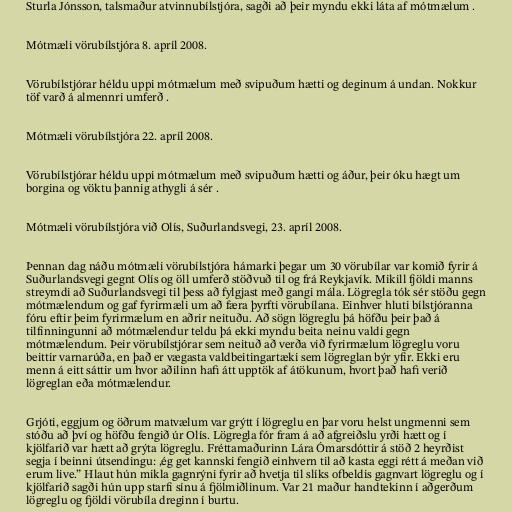
Sturla Jónsson, talsmaður atvinnubílstjóra, sagði að þeir myndu ekki láta af mótmælum .

Mótmæli vörubílstjóra 8. apríl 2008.

Vörubílstjórar héldu uppi mótmælum með svipuðum hætti og deginum á undan. Nokkur
töf varð á almennri umferð .

Mótmæli vörubílstjóra 22. apríl 2008.

Vörubílstjórar héldu uppi mótmælum með svipuðum hætti og áður, þeir óku hægt um
borgina og vöktu þannig athygli á sér .

Mótmæli vörubílstjóra við Olís, Suðurlandsvegi, 23. apríl 2008.

Þennan dag náðu mótmæli vörubílstjóra hámarki þegar um 30 vörubílar var komið fyrir á
Suðurlandsvegi gegnt Olís og öll umferð stöðvuð til og frá Reykjavík. Mikill fjöldi manns
streymdi að Suðurlandsvegi til þess að fylgjast með gangi mála. Lögregla tók sér stöðu gegn
mótmælendum og gaf fyrirmæli um að færa þyrfti vörubílana. Einhver hluti bílstjóranna
fóru eftir þeim fyrirmælum en aðrir neituðu. Að sögn lögreglu þá höfðu þeir það á
tilfinningunni að mótmælendur teldu þá ekki myndu beita neinu valdi gegn
mótmælendum. Þeir vörubílstjórar sem neituð að verða við fyrirmælum lögreglu voru
beittir varnarúða, en það er vægasta valdbeitingartæki sem lögreglan býr yfir. Ekki eru
menn á eitt sáttir um hvor aðilinn hafi átt upptök af átökunum, hvort það hafi verið
lögreglan eða mótmælendur.

Grjóti, eggjum og öðrum matvælum var grýtt í lögreglu en þar voru helst ungmenni sem
stóðu að því og höfðu fengið úr Olís. Lögregla fór fram á að afgreiðslu yrði hætt og í
kjölfarið var hætt að grýta lögreglu. Fréttamaðurinn Lára Ómarsdóttir á stöð 2 heyrðist
segja í beinni útsendingu: ,ég get kannski fengið einhvern til að kasta eggi rétt á meðan við
erum live.” Hlaut hún mikla gagnrýni fyrir að hvetja til slíks ofbeldis gagnvart lögreglu og í
kjölfarið sagði hún upp starfi sínu á fjölmiðlinum. Var 21 maður handtekinn í aðgerðum
lögreglu og fjöldi vörubíla dreginn í burtu.